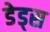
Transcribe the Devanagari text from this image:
डेड्स